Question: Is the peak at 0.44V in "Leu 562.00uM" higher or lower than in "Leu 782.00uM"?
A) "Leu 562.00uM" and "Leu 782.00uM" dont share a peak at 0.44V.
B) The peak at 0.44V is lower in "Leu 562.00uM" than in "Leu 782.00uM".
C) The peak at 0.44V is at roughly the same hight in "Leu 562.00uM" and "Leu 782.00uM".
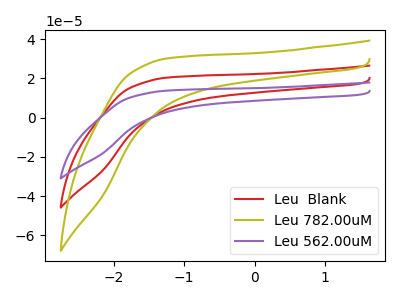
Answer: <think>The red curve "Leu  Blank" has no peaks. The olive curve "Leu 782.00uM" has no peaks. The purple curve "Leu 562.00uM" has no peaks.</think>
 <answer>A) "Leu 562.00uM" and "Leu 782.00uM" dont share a peak at 0.44V.</answer>
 <eval>A</eval>